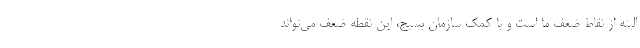
البته از نقاط ضعف ما است و با کمک سازمان بسیج، این نقطه ضعف می‌تواند